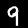
Label: 9